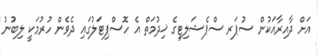
އަށް ދާއިރާއަކުން ސުޕަރ ސްޕެޝަލިޓީގެ ޚިދުމަތް އެ ހޮސްޕިޓަލުގައި ދެވެން ހުރުމަކީ ލިބުނު